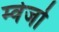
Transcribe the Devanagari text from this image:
म्वेजो